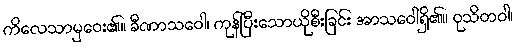
ကိလေသာမှဝေး၏။ ခီဏာသဝေါ၊ ကုန်ပြီးသောယိုစီးခြင်း အာသဝေါရှိ၏။ ဝုသိတဝါ၊